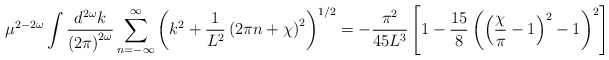
\begin{align*}\mu^{2-2\omega} \int \frac{d^{2 \omega}k}{\left(2 \pi\right)^{2 \omega}}\sum_{n=-\infty}^{\infty} \left( k^{2}+ \frac{1}{L^{2}} \left(2\pi n+\chi\right)^{2}\right)^{1/2} = - \frac{\pi^{2}}{45 L^{3}}\left[ 1-\frac{15}{8}\left( \left(\frac{\chi}{\pi}-1\right)^{2}-1\right)^2\right]\end{align*}